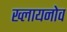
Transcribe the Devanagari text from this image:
ख्लायनोव